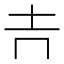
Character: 𡉅